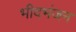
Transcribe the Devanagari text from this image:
भीदभंजन